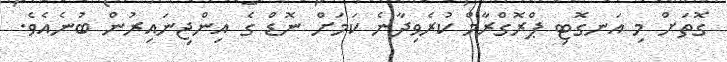
ގޮތަށް މި އަނގޮޓި ޕްރޮގްރާމް ކުރެވިދާނެ ކަމަށް ނޮޑް ގެ އިންޖިނައިރުން ބުނެއެވެ.